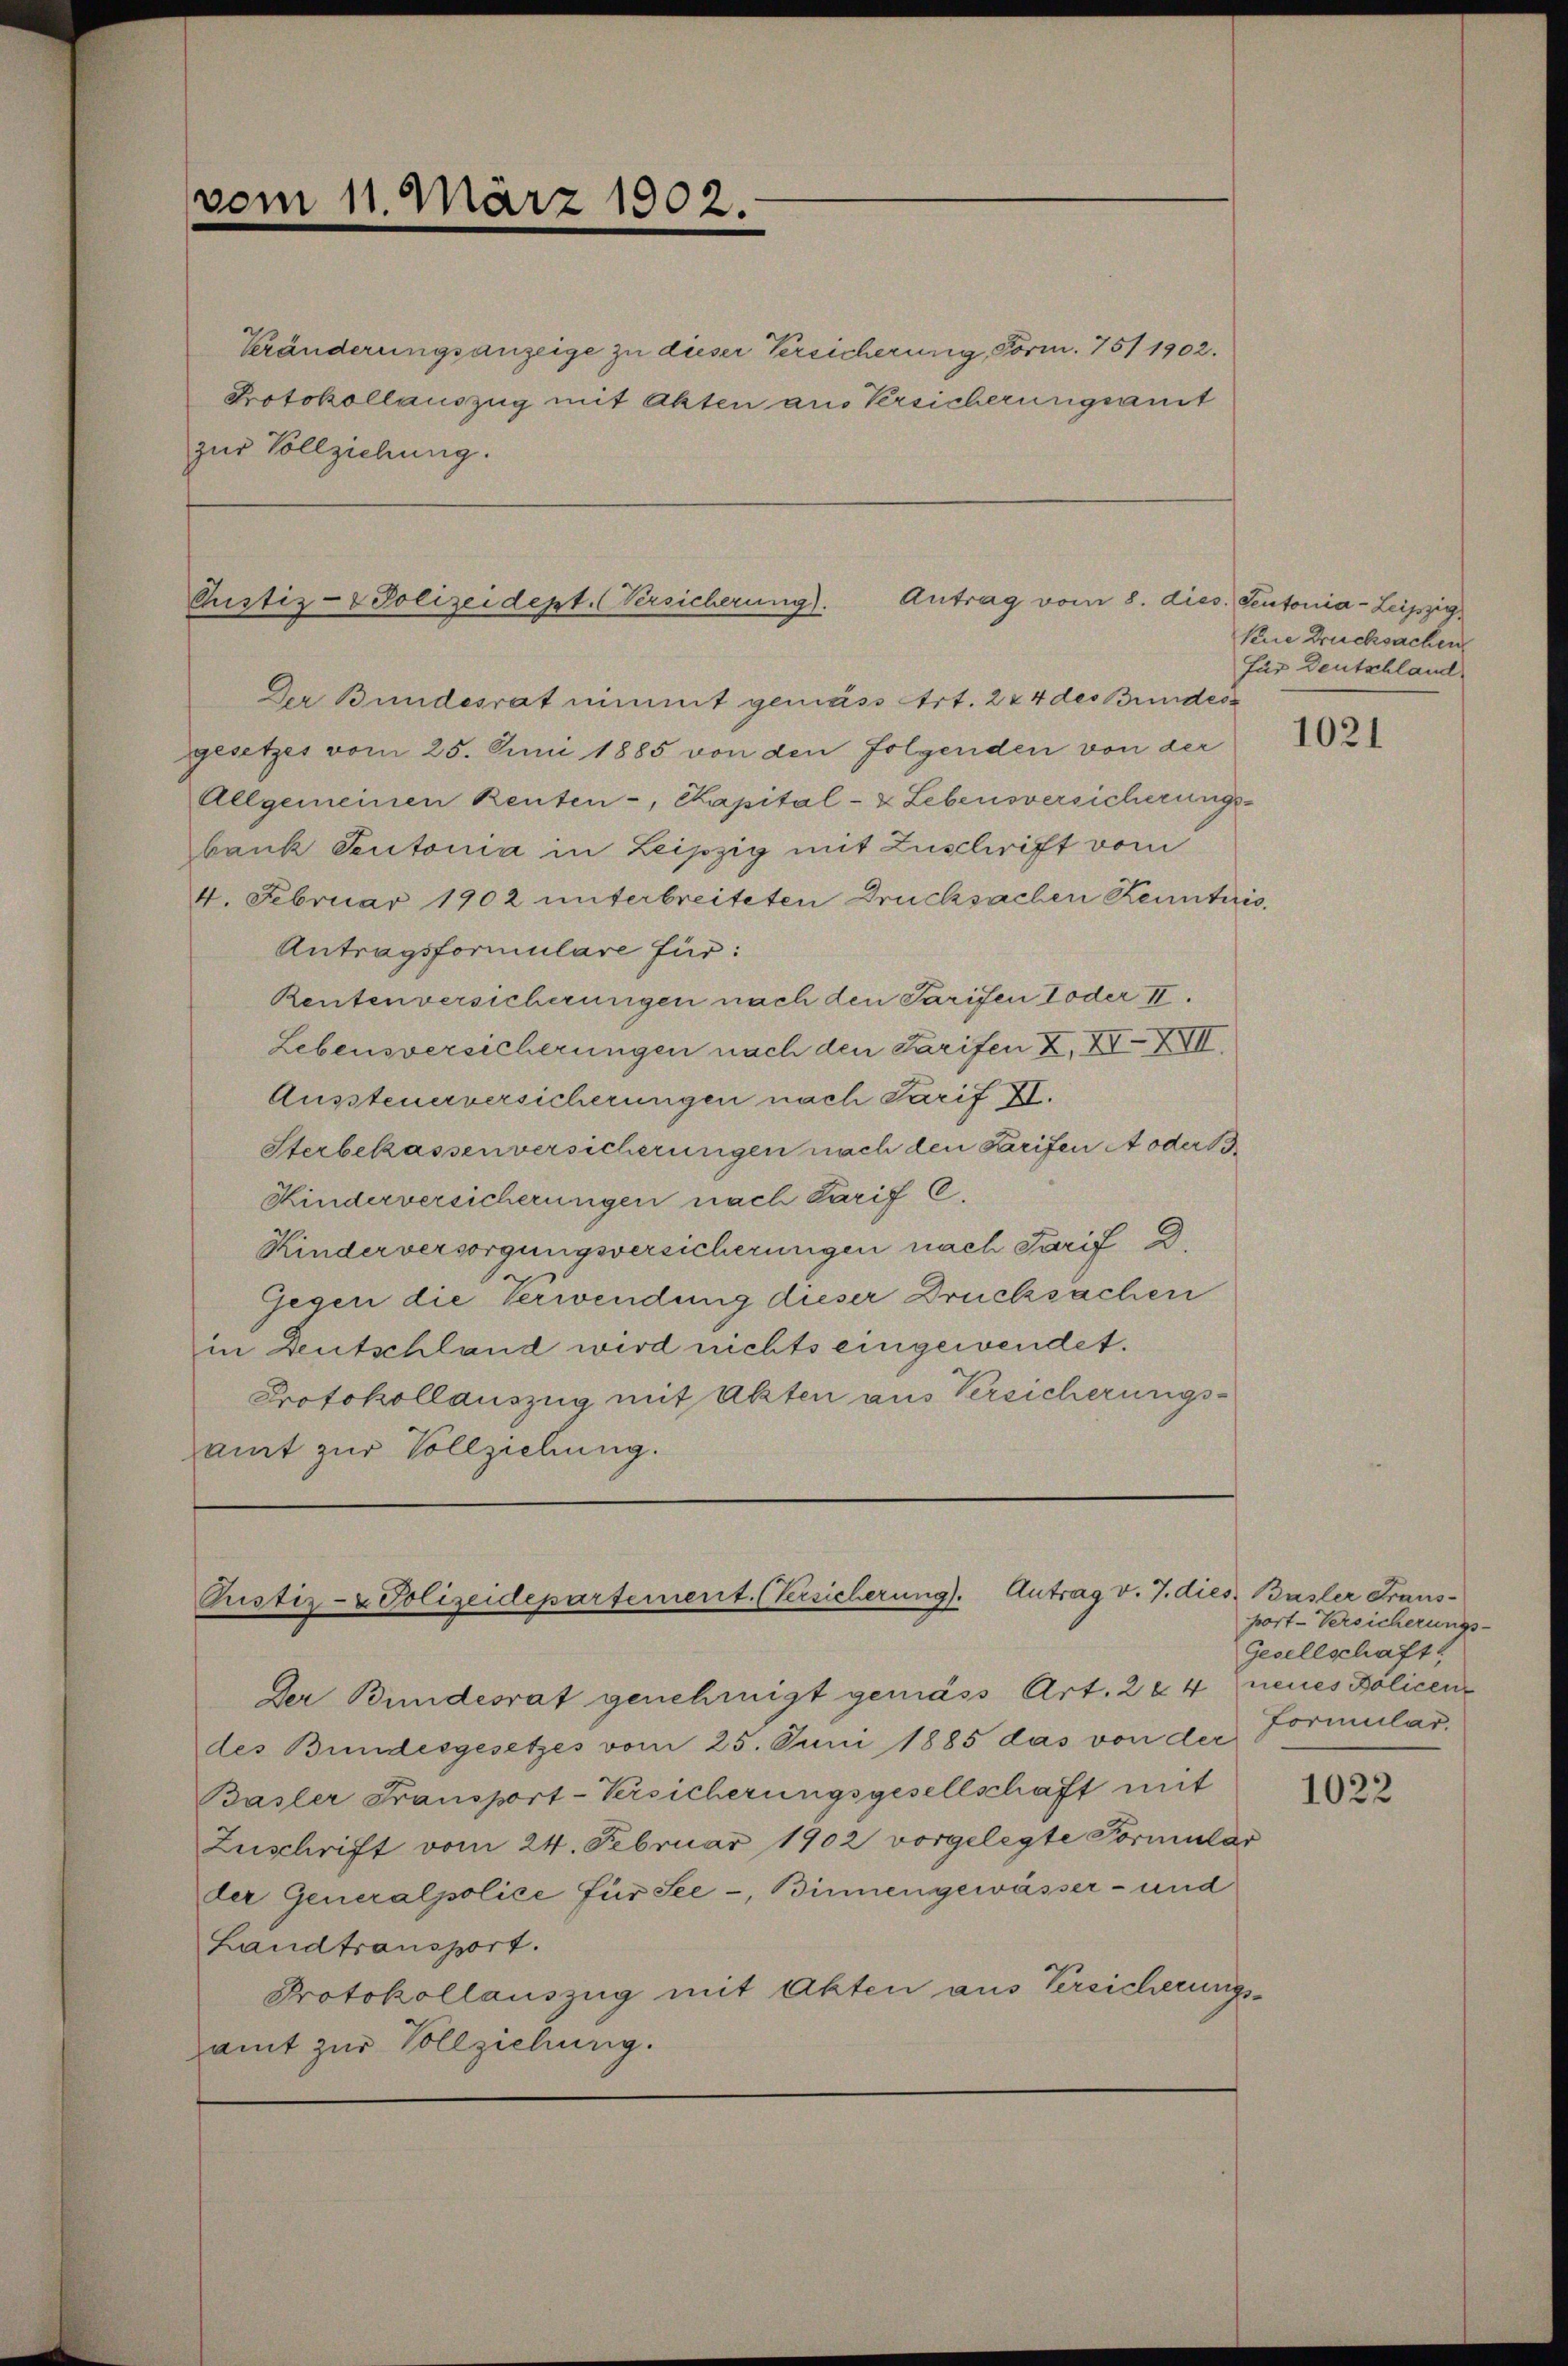
vom 11. März 1902.

Kränderungsanzeige zu dieser Versicherung, Form. 751 1902.
Protokollauszug mit Akten aus Versicherungsamt
zur Vollziehung.

Pustiz- & Polizeidept. (Versicherung).
Antrag vom 8. dies. Sentonia- Leipzig

Der Bundesrat nimmt gemäss Art. 224 des Bundesr
gesetzes vom 25. Juni 1885 von den folgenden von der
Allgemeinen Renten-, Kapital- & Lebensversicherungs-
bank Teutonia in Leipzig mit Zuschrift vom
4. Februar 1902 unterbreiteten Drucksachen Kenntnis,
Antragsformulare für:
Rentenversicherungen nach den Tarifen Toder II.
Lebensversicherungen nach den Tarifen Z. XXVII.
Aussteuerversicherungen nach Tarif II.
Sterbekassenversicherungen nach den Krifen A oder B
Kinderversicherungen nach Tarif C.
Kinder versorgungsversicherungen nach Tarif d.
Gegen die Verwendung dieser Drucksachen
in Deutschland wird nichts eingewendet.
Protokollauszug mit Akten aus Versicherungsamt zur Vollziehung.

Pustiz- & Polizeidepartement. (Versicherung). Antrag v. J. dies. Basler Fraus¬

Der Bundesrat genehmigt gemäss Art. 264 neues Policendes Bundesgesetzes vom 25. Juni 1885 das von der
Basler Fransport-Versicherungsgesellschaft mit
Zuschrift vom 24. Februar 1902 vorgelegte Formular
der Generalpolice für See-, Binnengewässer- und
Landtransport.
Protokollauszug mit Akten aus Versicherungsamt zur Vollziehung.

kne Drucksachen
für Deutschland

1021

port-Versicherungs-
Gesellschaft
Formular.

1022